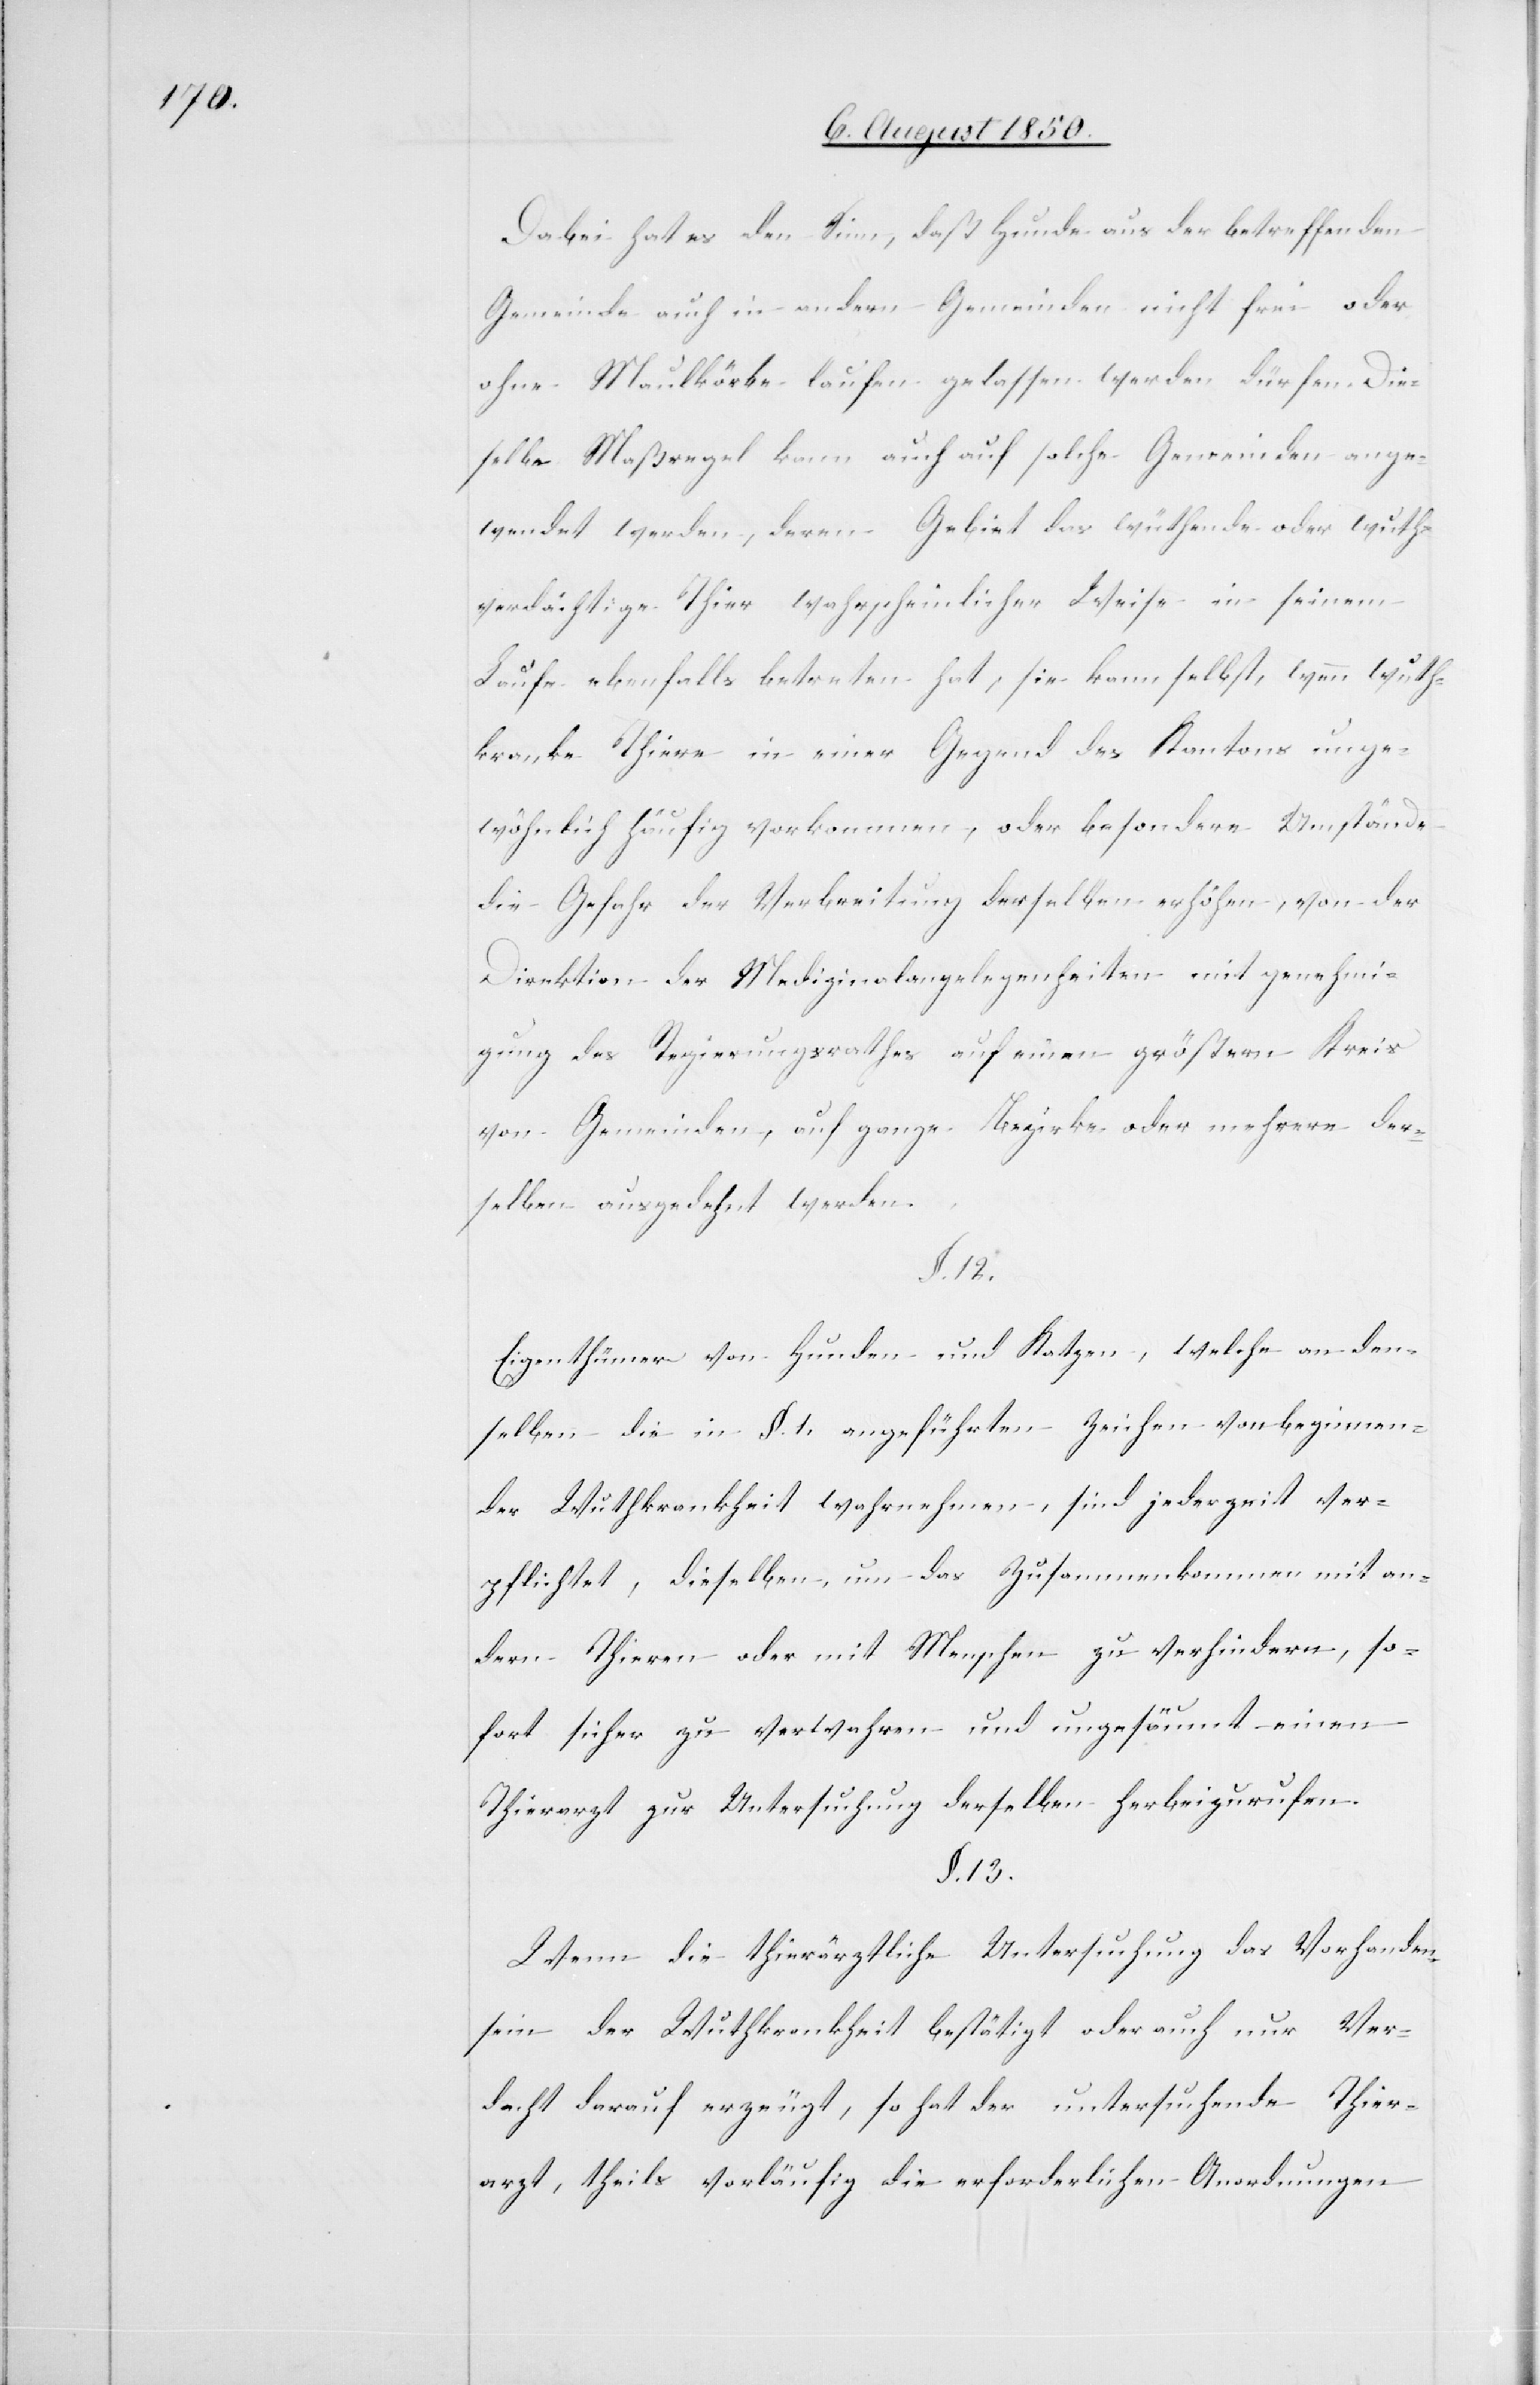
Dabei hat es den Sinn, daß Hunde aus der betreffenden
Gemeinde auch in andern Gemeinden nicht frei oder
ohne Maulkörbe laufen gelassen werden dürfen. Die¬
selbe Maßregel kann auch auf solche Gemeinden ange¬
wendet werden, deren Gebiet das wüthende oder wuth¬
verdächtige Thier wahrscheinlicher Weise in seinem
Laufe ebenfalls betreten hat, sie kann selbst, wenn wuth¬
kranke Thiere in einer Gegend des Kantons unge¬
wöhnlich häufig vorkommen, oder besondere Umstände
die Gefahr der Verbreitung derselben erhöhen, von der
Direktion der Medizinalangelegenheiten mit genehmigung
des Regierungsrathes auf einen größern Kreis
von Gemeinden, auf ganze Bezirke oder mehrere der¬
selben ausgedehnt werden.
§. 12.
Eigenthümer von Hunden und Katzen, welche an den¬
selben die in §. 1. angeführten Zeichen von beginnen¬
der Wuthkrankheit wahrnehmen, sind jederzeit ver¬
pflichtet, dieselben, um das Zusammenkommen mit an¬
dern Thieren oder mit Menschen zu verhindern, so¬
fort sicher zu verwahren und ungesäumt einen
Thierarzt zur Untersuchung derselben herbeizurufen.
§. 13.
Wenn die thierärztliche Untersuchung das Vorhanden¬
sein der Wuthkrankheit bestätigt oder auch nur Ver¬
dacht darauf erzeugt, so hat der untersuchende Thier¬
arzt, theils vorläufig die erforderlichen Anordnungen